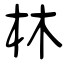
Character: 林